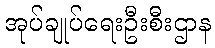
အုပ်ချုပ်ရေးဦးစီးဌာန